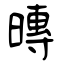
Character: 暷